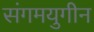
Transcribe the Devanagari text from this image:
संगमयुगीन